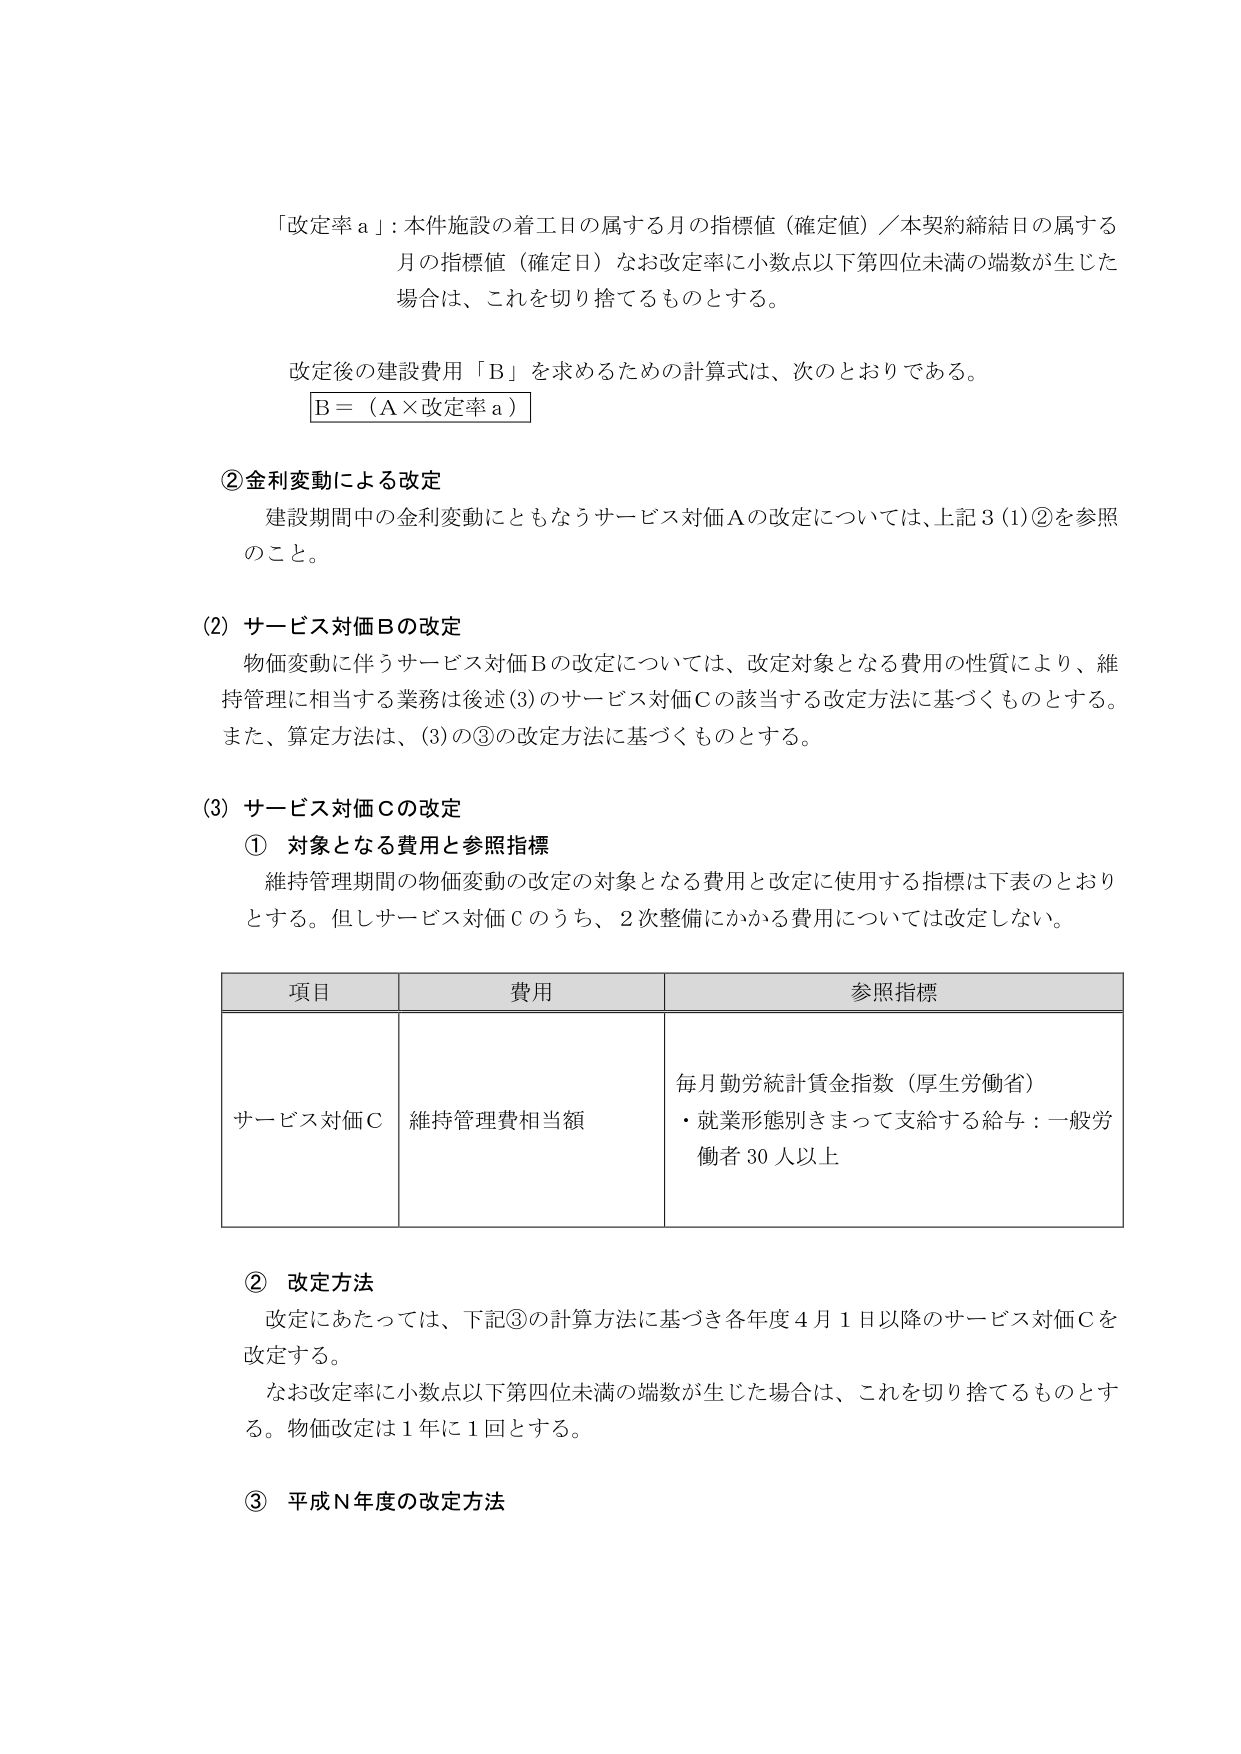
「改定率ａ」：本件施設の着工日の属する月の指標値（確定値）／本契約締結日の属する月の指標値（確定日）なお改定率に小数点以下第四位未満の端数が生じた場合は、これを切り捨てるものとする。

改定後の建設費用「Ｂ」を求めるための計算式は、次のとおりである。
Ｂ＝（Ａ×改定率ａ）

②金利変動による改定
建設期間中の金利変動にともなうサービス対価Ａの改定については、上記３(1)②を参照のこと。

(2) サービス対価Ｂの改定
物価変動に伴うサービス対価Ｂの改定については、改定対象となる費用の性質により、維持管理に相当する業務は後述(3)のサービス対価Ｃの該当する改定方法に基づくものとする。また、算定方法は、(3)の③の改定方法に基づくものとする。

(3) サービス対価Ｃの改定
① 対象となる費用と参照指標
維持管理期間の物価変動の改定の対象となる費用と改定に使用する指標は下表のとおりとする。但しサービス対価Ｃのうち、２次整備にかかる費用については改定しない。

| 項目 | 費用 | 参照指標 |
|------|------|----------|
| サービス対価Ｃ | 維持管理費相当額 | 毎月勤労統計賃金指数（厚生労働省）<br>・就業形態別きまって支給する給与：一般労働者30人以上 |

② 改定方法
改定にあたっては、下記③の計算方法に基づき各年度４月１日以降のサービス対価Ｃを改定する。
なお改定率に小数点以下第四位未満の端数が生じた場合は、これを切り捨てるものとする。物価改定は１年に１回とする。

③ 平成Ｎ年度の改定方法